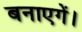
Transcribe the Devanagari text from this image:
बनाएगें।